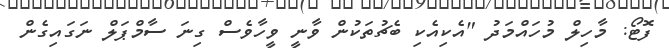
ފޮޓޯ: މާހިލް މުހައްމަދު "އެކިއެކި ބެޗުތަކުން ވާނީ ވީހާވެސް ގިނަ ސާމްޕަލް ނަގައިގެން